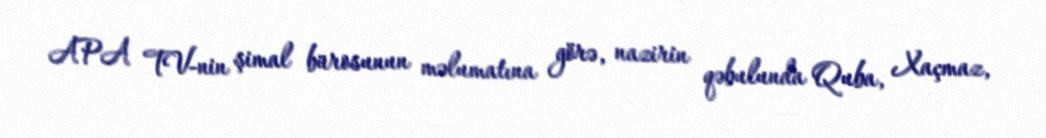
APA TV-nin şimal bürosunun məlumatına görə, nazirin qəbulunda Quba, Xaçmaz,